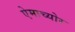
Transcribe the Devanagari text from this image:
ऐमाच्योर